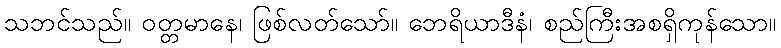
သဘင်သည်။ ဝတ္တမာနေ၊ ဖြစ်လတ်သော်။ ဘေရိယာဒီနံ၊ စည်ကြီးအစရှိကုန်သော။